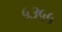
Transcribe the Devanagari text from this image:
५३५५